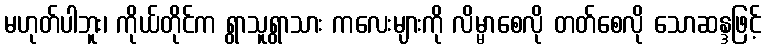
မဟုတ်ပါဘူး၊ ကိုယ်တိုင်က ရွာသူရွာသား ကလေးများကို လိမ္မာစေလို တတ်စေလို သောဆန္ဒဖြင့်